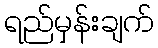
ရည်မှန်းချက်